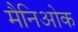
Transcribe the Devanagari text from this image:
मैनिओक